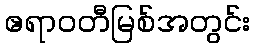
ဧရာဝတီမြစ်အတွင်း